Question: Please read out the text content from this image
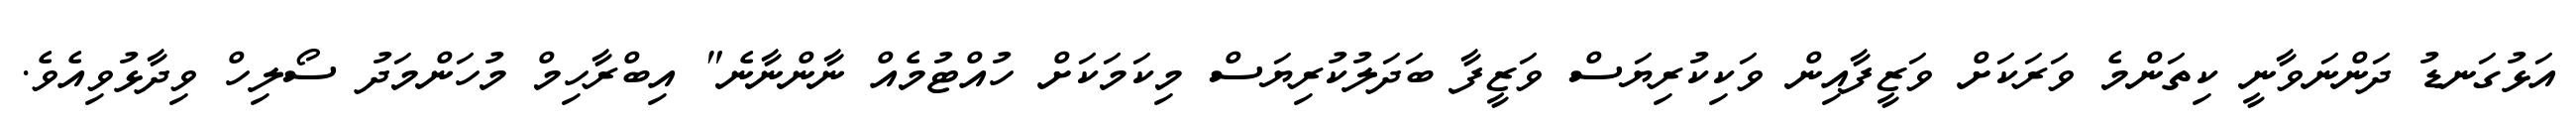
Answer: އަޅުގަނޑު ދަންނަވާނީ ކިތަންމެ ވަރަކަށް ވަޒީފާއިން ވަކިކުރިޔަސް ވަޒީފާ ބަދަލުކުރިޔަސް މިކަމަކަށް ހުއްޓުމެއް ނާންނާނެ" އިބްރާހިމް މުހަންމަދު ސޯލިހް ވިދާޅުވިއެވެ.